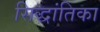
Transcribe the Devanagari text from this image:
सिद्धांतिका